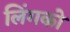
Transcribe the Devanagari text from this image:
लिंगको